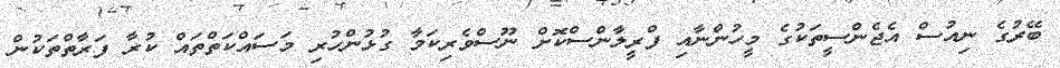
ބޭރުގެ ނިއުސް އެޖެންސީތަކުގެ މީހުންނާއި ފްރީލާންސްކޮށް ނޫސްވެރިކަމާ ގުޅުންހުރި މަސައްކަތްތައް ކުރާ ފަރާތްތަކުން